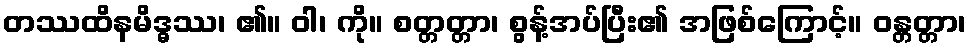
တဿထိနမိဒ္ဓဿ၊ ၏။ ဝါ၊ ကို။ စတ္တတ္တာ၊ စွန့်အပ်ပြီး၏ အဖြစ်ကြောင့်။ ဝန္တတ္တာ၊